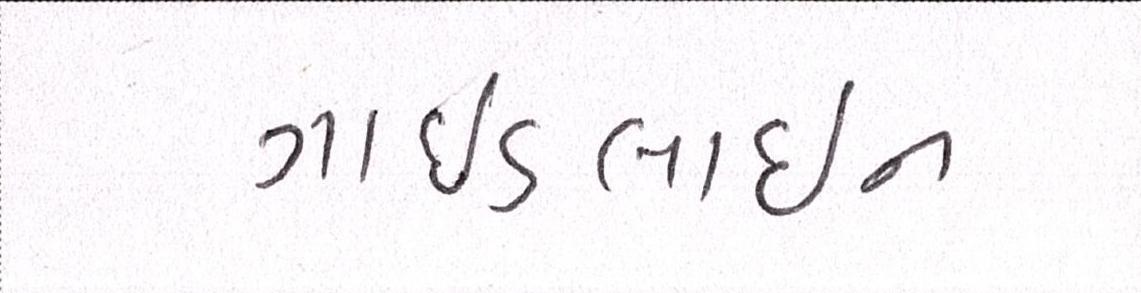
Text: ગાઈડલાઈન